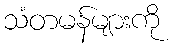
သံတမန်များကို